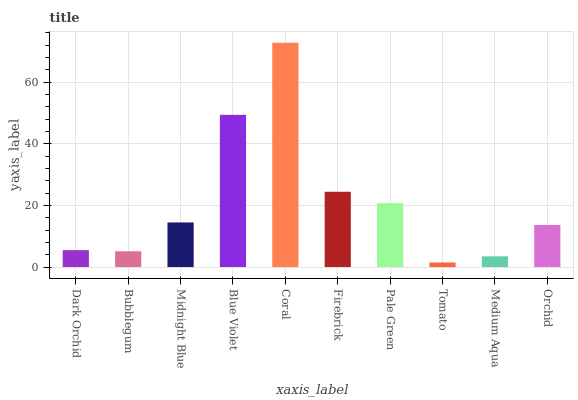
| xaxis_label | bars |
 | --- | --- |
 | Dark Orchid | 5.48 |
 | Bubblegum | 5.11 |
 | Midnight Blue | 14.5 |
 | Blue Violet | 49.4 |
 | Coral | 72.8 |
 | Firebrick | 24.4 |
 | Pale Green | 20.7 |
 | Tomato | 1.48 |
 | Medium Aqua | 3.47 |
 | Orchid | 13.7 |